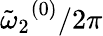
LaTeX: {\tilde{\omega}_{2}}^{(0)}/2\pi